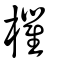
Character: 欋